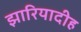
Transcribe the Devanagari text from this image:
झारियादीह